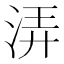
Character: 㳥